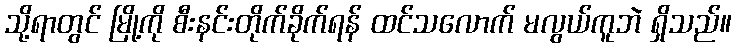
သို့ရာတွင် မြို့ကို စီးနင်းတိုက်ခိုက်ရန် ထင်သလောက် မလွယ်ကူဘဲ ရှိသည်။